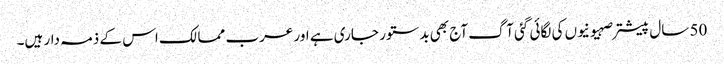
50 سال پیشتر صہیونیوں کی لگائی گئی آگ آج بھی بدستور جاری ہے اور عرب ممالک اس کے ذمہ دار ہیں۔